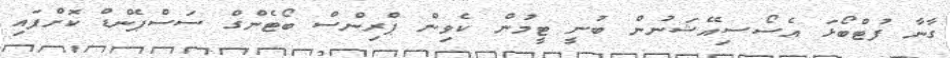
ގާނާ ފުޓްބޯޅަ އެސޯސިއޭޝަނުން ބުނީ ޓީމުން ކެވިން ޕްރިންސް ބޯޓެންގް ސަސްޕެންޑް ކޮށްފައި